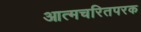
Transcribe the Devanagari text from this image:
आत्मचरितपरक